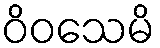
ဝိဝသေမိ